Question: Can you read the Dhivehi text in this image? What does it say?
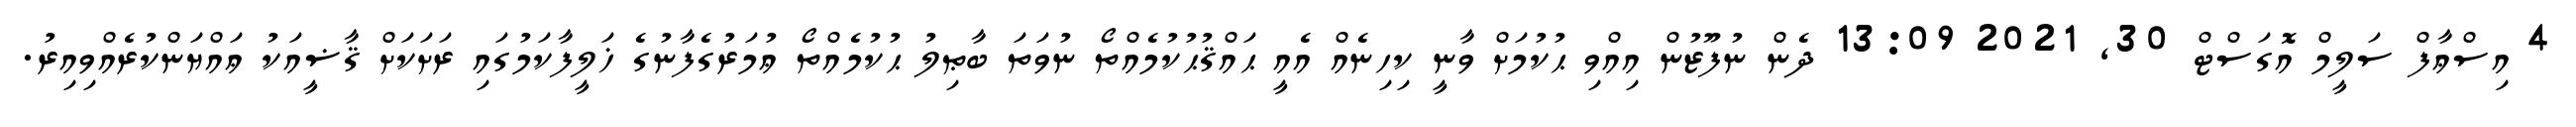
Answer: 4 އިސްޢާފް ސަލީމް އޮގަސްޓް 30, 2021 13:09 ދެން ނުފޫޒުން އިއްވި ޙުކުމަށް ވާނީ ކިހިނެއް އެއީ ޙައްޤުޙުކުމެއްތޯ ނުވަތަ ބާޠިލު ޙުކުމެއްތޯ ޢުމަރުގެފާނުގެ ޚަލީފާކަމުގައި ރަށަކަށް ޤާޟީއަކު ޢައްޔަންކުރެއްވިއިރު.